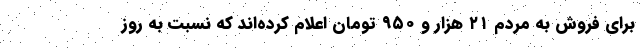
برای فروش به مردم ۲۱ هزار و ۹۵۰ تومان اعلام کرده‌اند که نسبت به روز